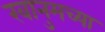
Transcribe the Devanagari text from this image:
खानुमच्या